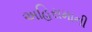
અહિરામાની